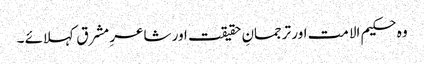
وہ حکیم الا مت اور ترجمانِ حقیقت اور شاعرِ مشرق کہلائے ۔